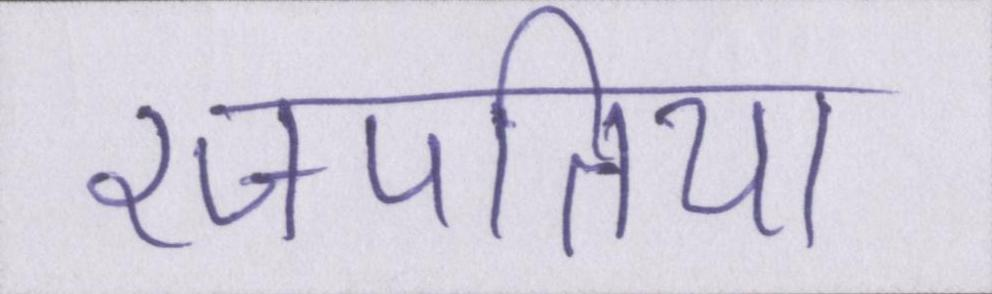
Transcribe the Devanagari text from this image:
रजपतिया